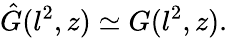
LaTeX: \hat{G}(l^{2},z)\simeq G(l^{2},z).